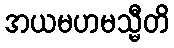
အယမဟမသ္မီတိ